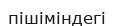
пішіміндегі